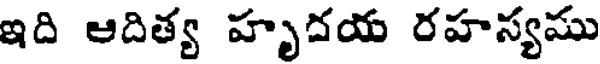
ఇది ఆదిత్య హృదయ రహస్యము